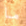
ما